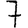
Digit: 7